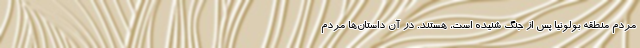
مردم منطقه بولونیا پس از جنگ شنیده است، هستند. در آن داستان‌ها مردم